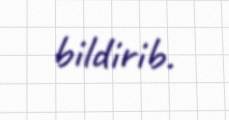
bildirib.